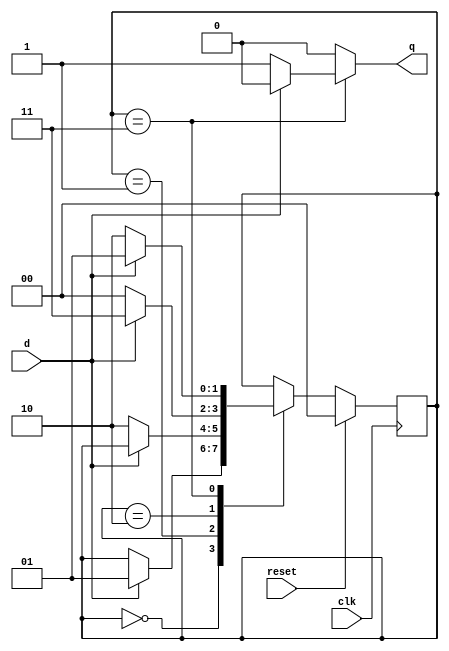
module sd1010_mealy_ovlap(output reg q,input clk,reset,d);
parameter init=2'b00,got1=2'b01,got10=2'b10,got101=2'b11;
reg [1:0]c_s,n_s;

always @(posedge clk)
begin
if(reset)
	c_s<=init;
else
	c_s<=n_s;
end

always@(*)
begin
n_s<=c_s;
q<=0;

case(c_s)
init:begin
	if(d)
		n_s<=got1;
	end
got1:begin
	if(!d)
		n_s<=got10;
	end
got10:begin
	if(d)
		n_s<=got101;
	else
		n_s<=init;
	end
got101:begin
	if(!d)
		begin
			n_s<=got10;
			q<=1;
		end
	else
		n_s<=got1;
	end
	
default:begin
n_s<=init;
q<=1;
end
endcase
end
endmodule